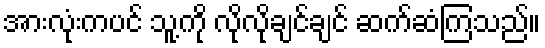
အားလုံးကပင် သူ့ကို လိုလိုချင်ချင် ဆက်ဆံကြသည်။